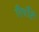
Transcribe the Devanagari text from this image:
रिर्पोर्ट